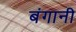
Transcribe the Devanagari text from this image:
बंगानी